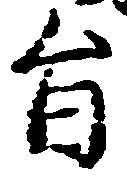
旨